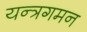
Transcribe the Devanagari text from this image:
यन्त्रगमन